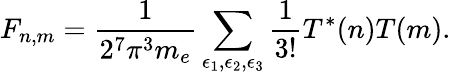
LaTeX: F_{n,m}=\frac{1}{2^{7}\pi^{3}m_{e}}\sum_{\epsilon_{1},\epsilon_{2},\epsilon_{3}}\frac{1}{3!}T^{*}(n)T(m).